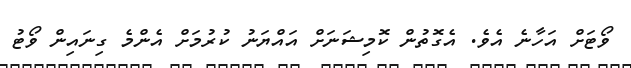
ވޯޓަށް އަހާނެ އެވެ. އެގޮތުން ކޮމިޝަނަށް އައްޔަނު ކުރުމަށް އެންމެ ގިނައިން ވޯޓު